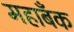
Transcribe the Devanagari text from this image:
महाबँक